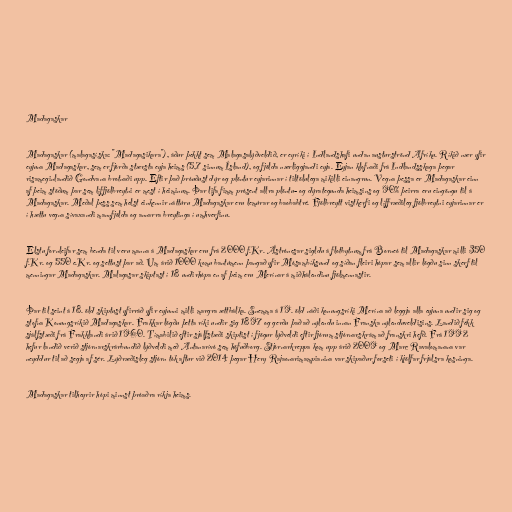
Madagaskar

Madagaskar (malagasíska: "Madagasikara"), áður þekkt sem Malagasalýðveldið, er eyríki í Indlandshafi undan austurströnd Afríku. Ríkið nær yfir
eyjuna Madagaskar, sem er fjórða stærsta eyja heims (5,7 sinnum Ísland), og fjölda nærliggjandi eyja. Eyjan klofnaði frá Indlandsskaga þegar
risameginlandið Gondvana brotnaði upp. Eftir það þróuðust dýr og plöntur eyjarinnar í tiltölulega mikilli einangrun. Vegna þessa er Madagaskar einn
af þeim stöðum þar sem líffjölbreytni er mest í heiminum. Þar lifa fimm prósent allra plöntu- og dýrategunda heimsins og 90% þeirra eru eingöngu til á
Madagaskar. Meðal þess sem helst einkennir náttúru Madagaskar eru lemúrar og baobabtré. Fjölbreytt vistkerfi og líffræðileg fjölbreytni eyjarinnar er
í hættu vegna sívaxandi mannfjölda og annarra breytinga í umhverfinu.

Elstu fornleifar sem benda til veru manna á Madagaskar eru frá 2000 f.Kr. Ástrónesar sigldu á flotbytnum frá Borneó til Madagaskar milli 350
f.Kr. og 550 e.Kr. og settust þar að. Um árið 1000 komu bantúmenn þangað yfir Mósambíksund og síðan fleiri hópar sem allir lögðu sinn skerf til
menningar Madagaskar. Malagasar skiptast í 18 undirhópa en af þeim eru Merínar á miðhálendinu fjölmennastir.

Þar til seint á 18. öld skiptust yfirráð yfir eyjunni milli margra ættbálka. Snemma á 19. öld náði konungsríki Merína að leggja alla eyjuna undir sig og
stofna Konungsríkið Madagaskar. Frakkar lögðu þetta ríki undir sig 1897 og gerðu það að nýlendu innan Franska nýlenduveldisins. Landið fékk
sjálfstæði frá Frakklandi árið 1960. Tímabilið eftir sjálfstæði skiptist í fjögur lýðveldi eftir fjórum stjórnarskrám að franskri hefð. Frá 1992
hefur landið verið stjórnarskrárbundið lýðveldi með Antanarívó sem höfuðborg. Stjórnarkreppa kom upp árið 2009 og Marc Ravalomanana var
neyddur til að segja af sér. Lýðræðisleg stjórn tók aftur við 2014 þegar Hery Rajaonarimampianina var skipaður forseti í kjölfar frjálsra kosninga.

Madagaskar tilheyrir hópi minnst þróaðra ríkja heims.